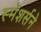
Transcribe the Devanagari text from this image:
स्मॅशर्सने